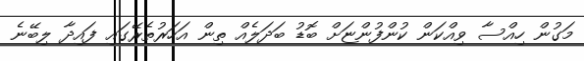
މަގުން ހިއްސާ ވިއްކަން ކުންފުންޏަށް ބޮޑު ބަދަލެއް ތިން އަހަރުތެރޭގައި ފައިދާ ލިބޭނެ